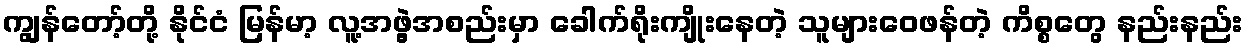
ကျွန်တော့်တို့ နိုင်ငံ မြန်မာ့ လူ့အဖွဲ့အစည်းမှာ ခေါက်ရိုးကျိုးနေတဲ့ သူများဝေဖန်တဲ့ ကိစ္စတွေ နည်းနည်း